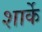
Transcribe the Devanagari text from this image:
शार्के